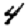
Digit: 4